38_143685_box_Incident_Summaries_101-172
Agency: Department of War
Page 132
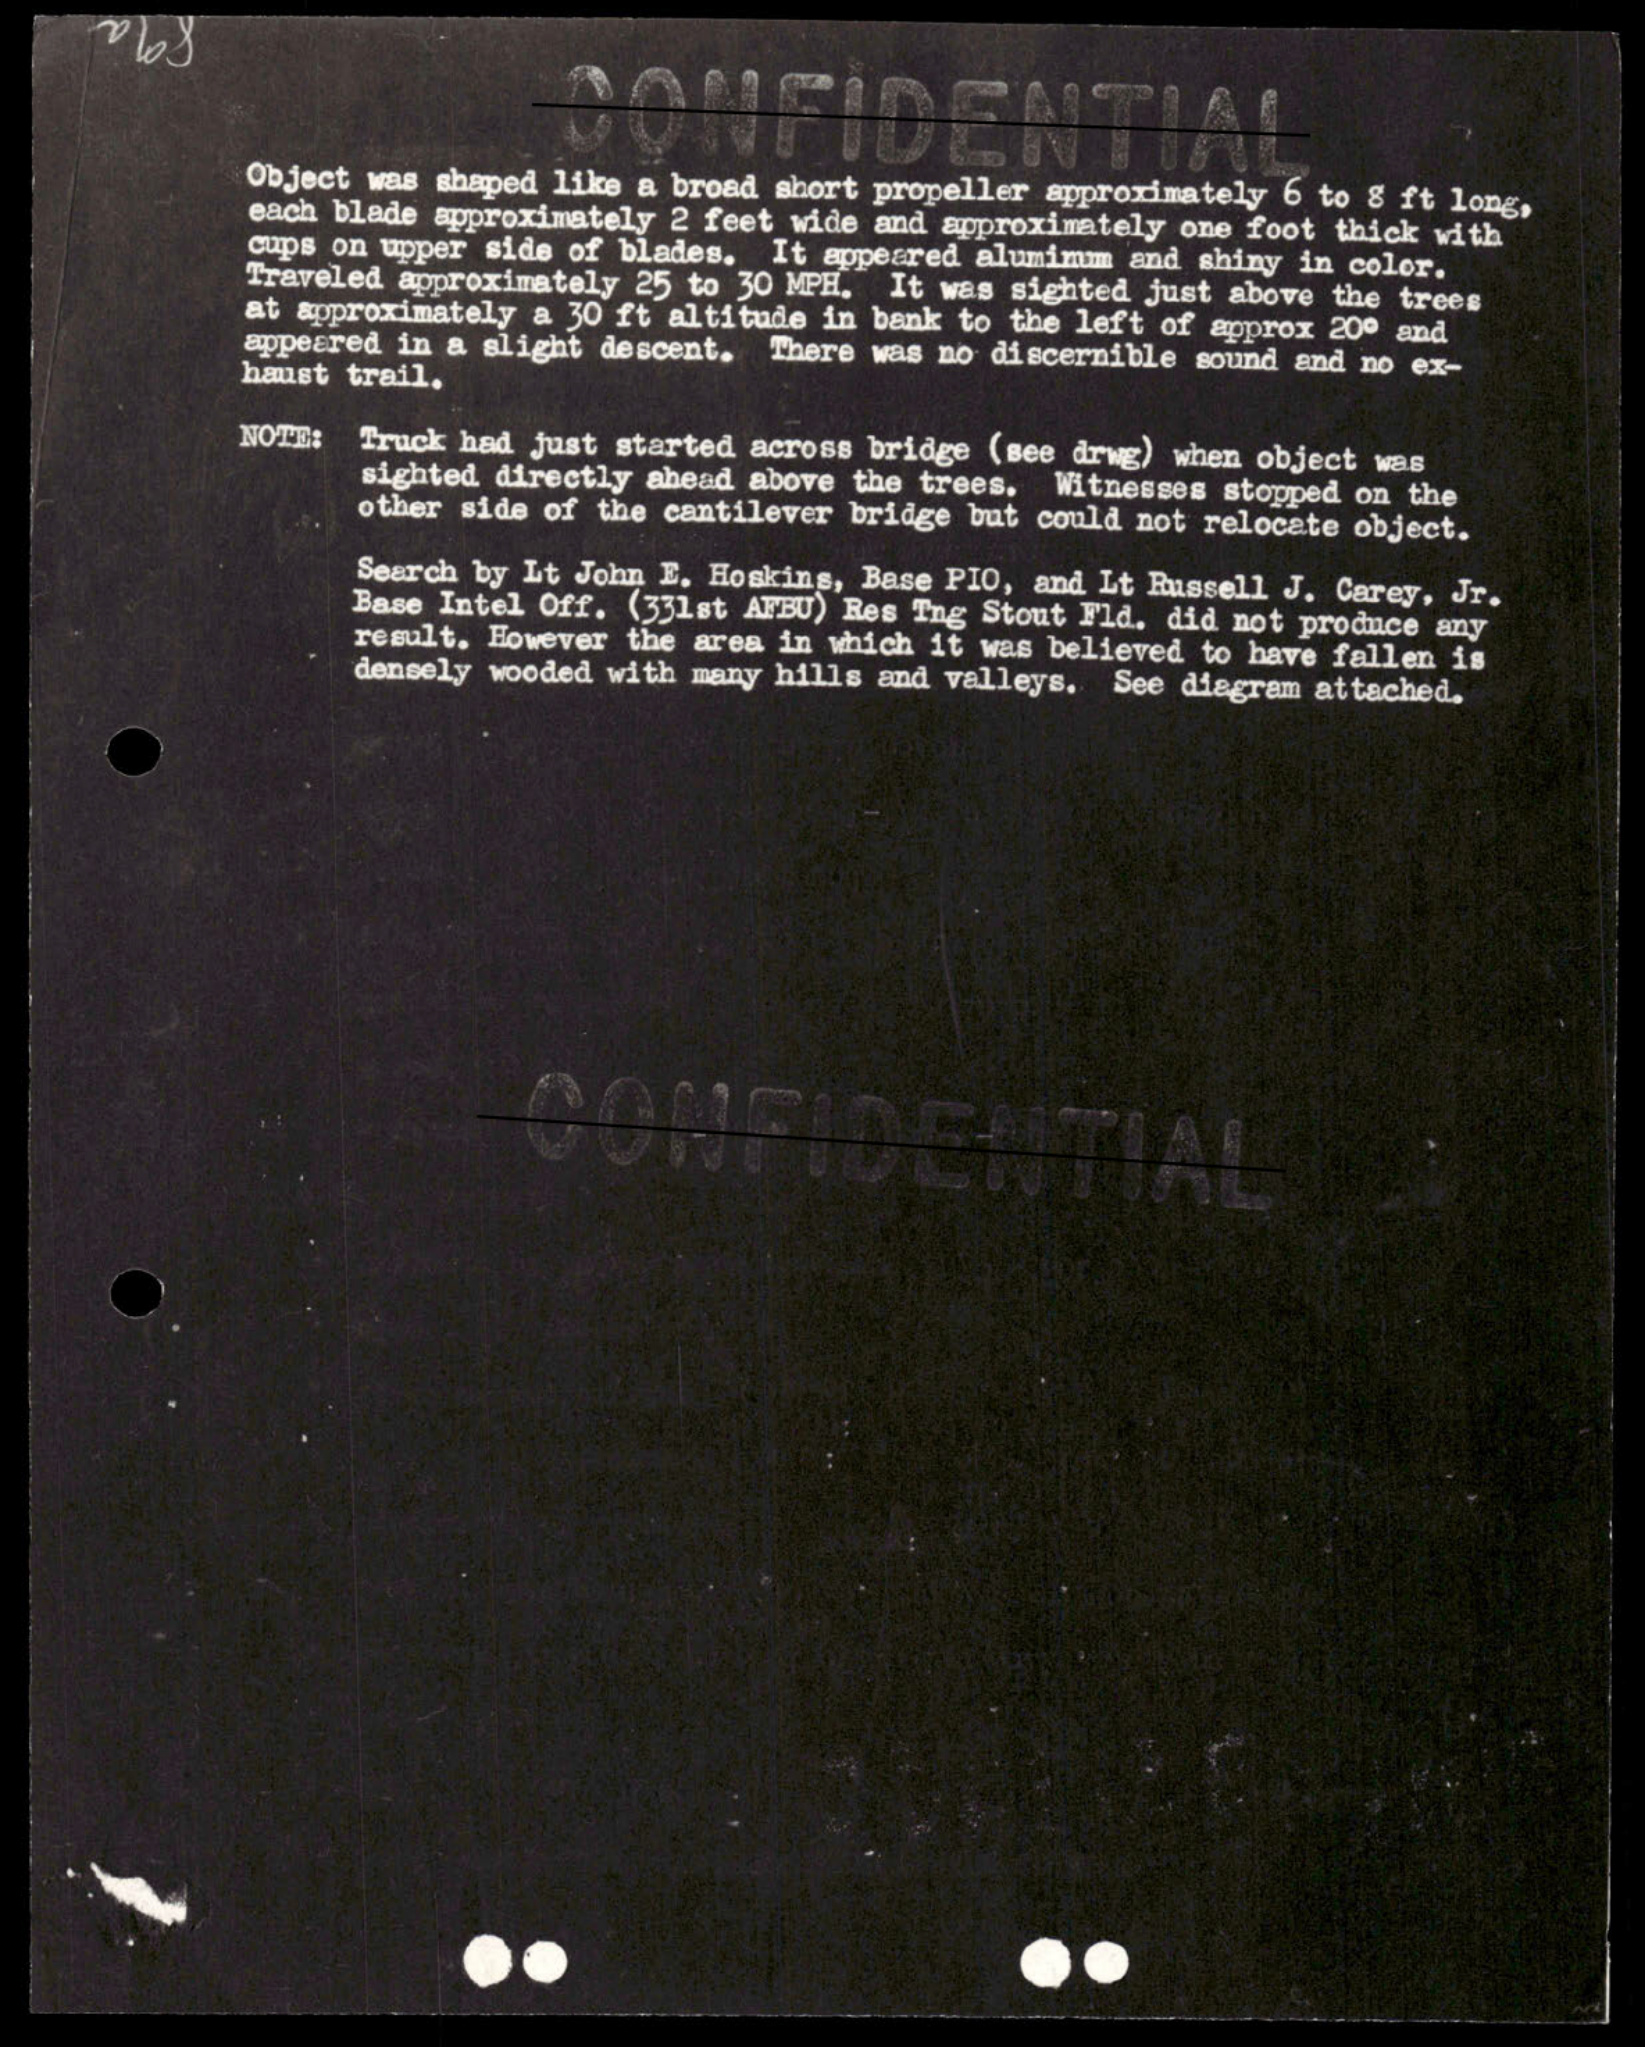